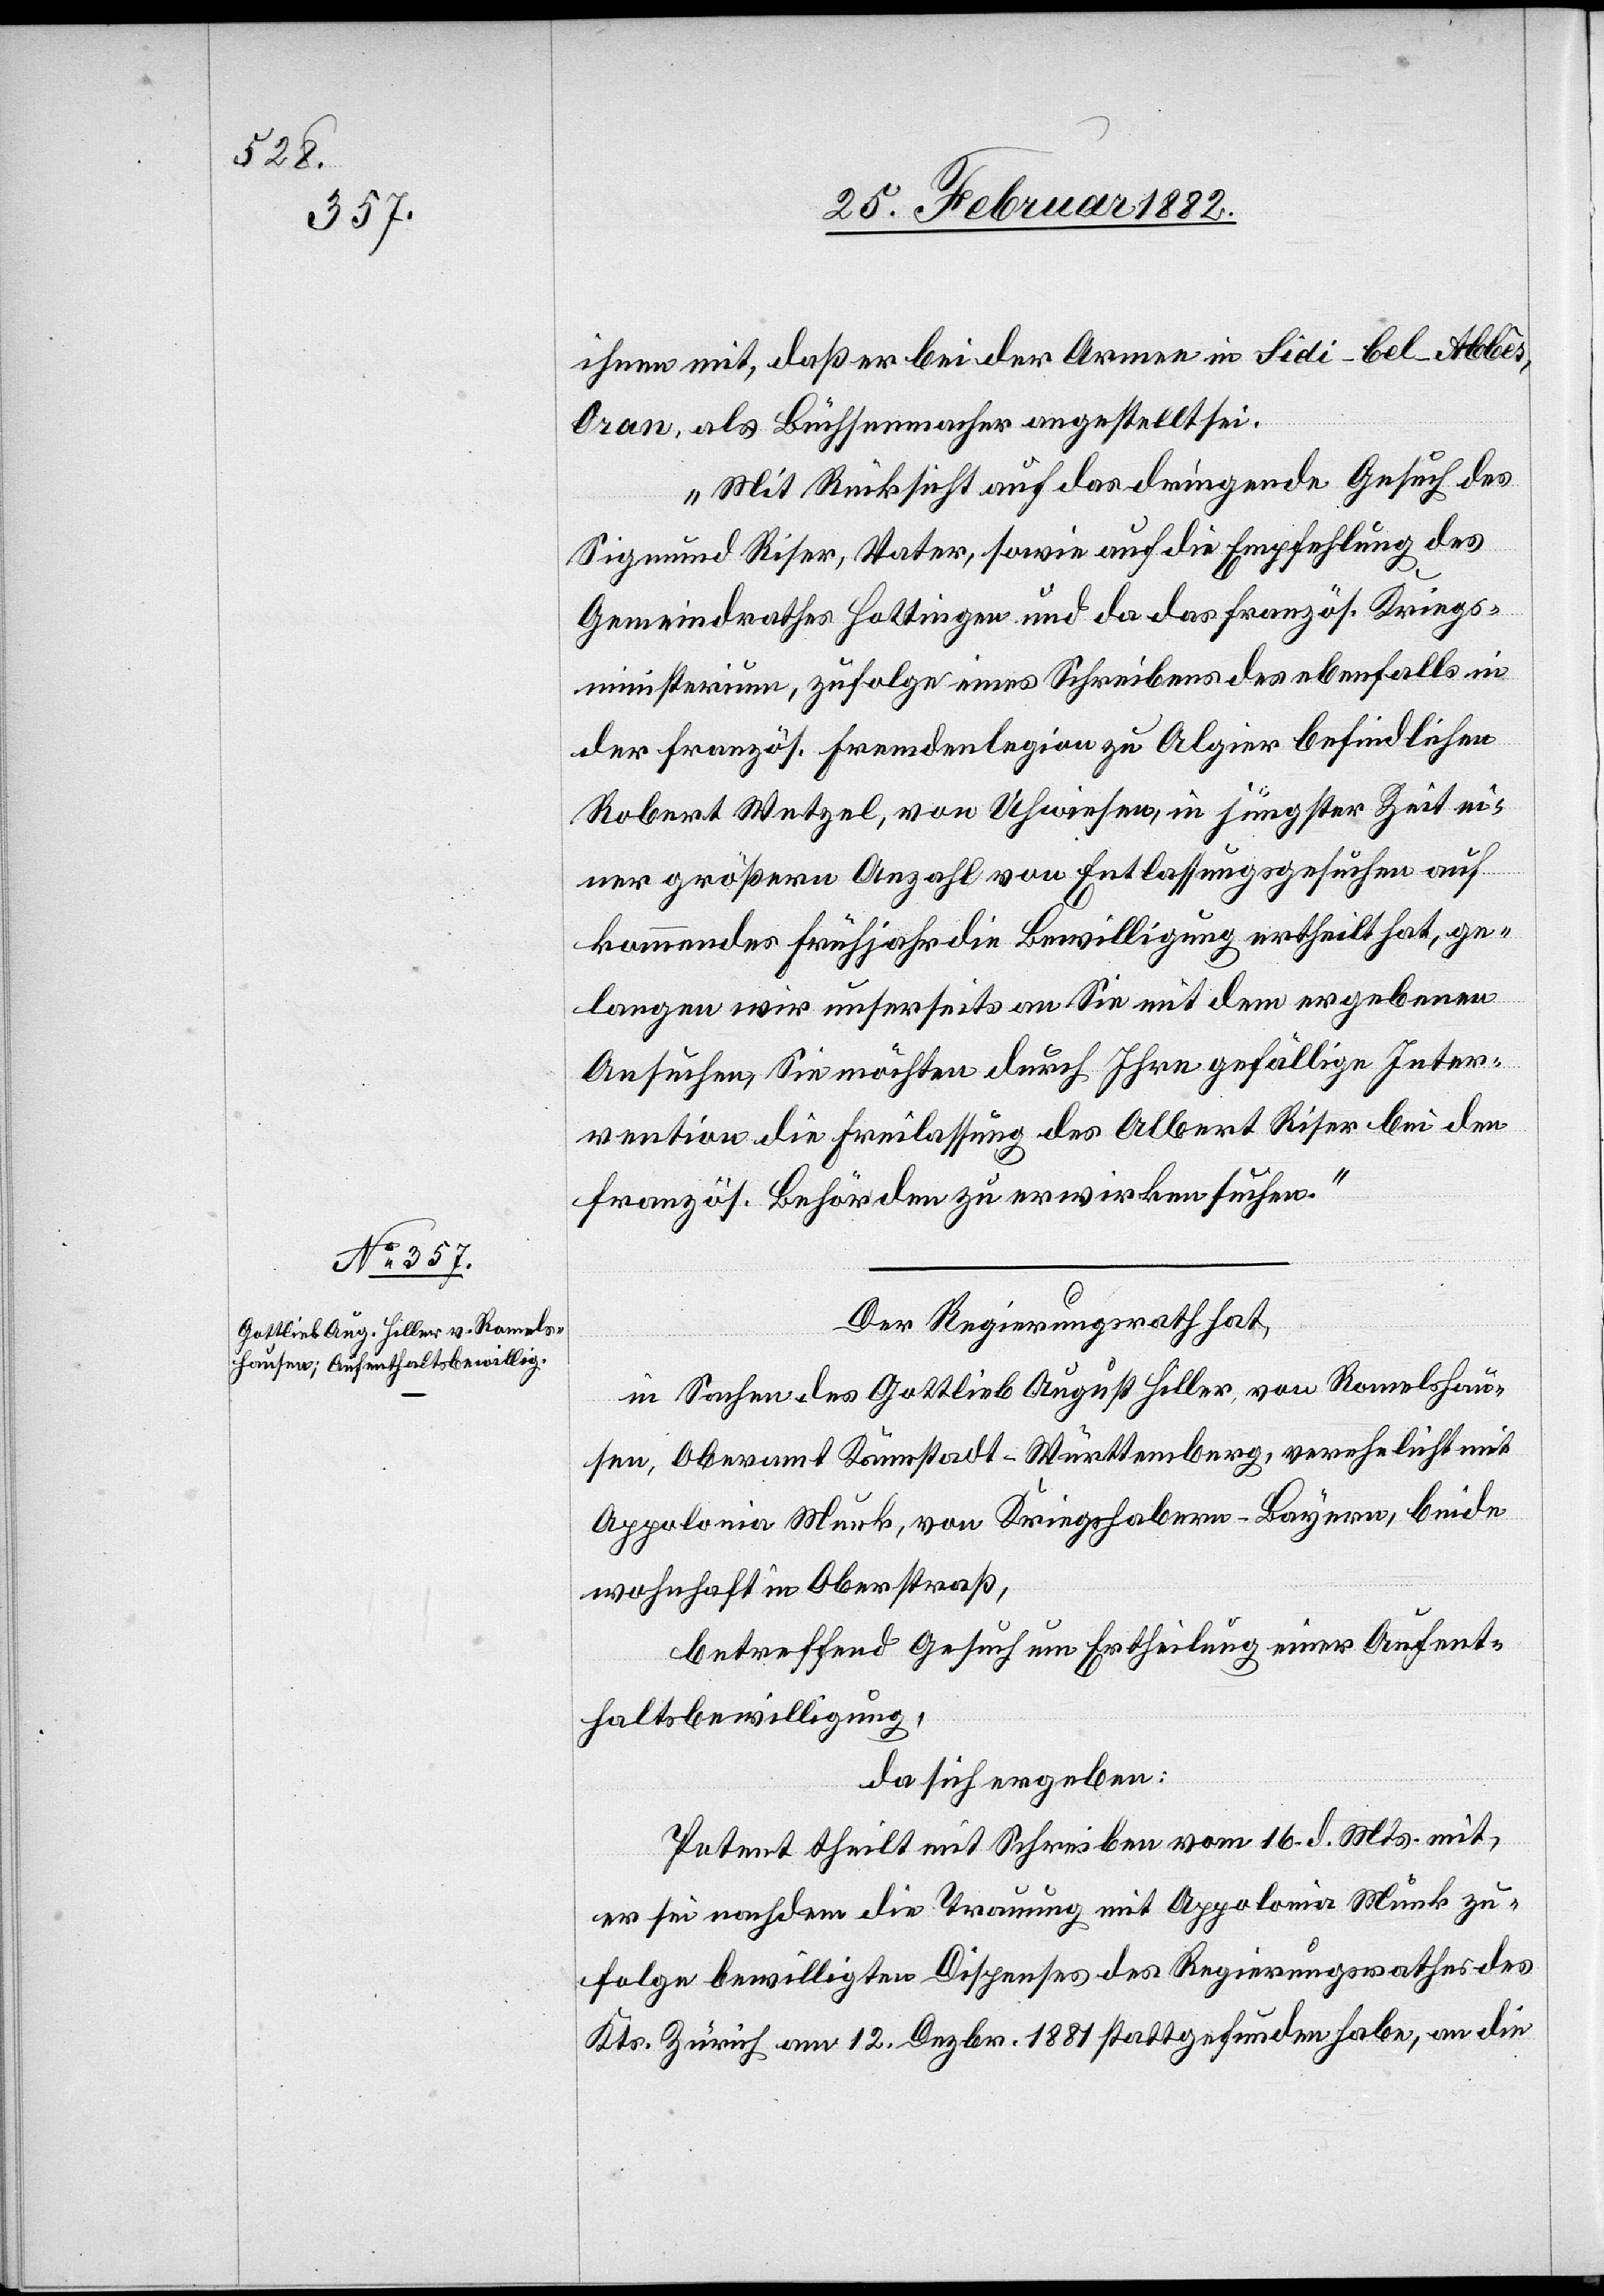
ihnen mit, daß er bei der Armee in Sidi-bel-Abbès,
Oran, als Büchsenmacher angestellt sei.
Mit Rücksicht auf das dringende Gesuch des
Sigmund Riser, Vater, sowie auf die Empfehlung des
Gemeindrahtes Hottingen und da das französ. Kriegs¬
ministerium, zufolge eines Schreibens des ebenfalls in
der französ. Fremdenlegion zu Algier befindlichen
Robert Wetzel, von Uhwiesen, in jüngster Zeit ei¬
ner größeren Anzahl von Entlassungsgesuchen auf
kommendes Frühjahr die Bewilligung ertheilt hat, ge¬
langen wir unsererseits an Sie mit dem ergebenen
Ansuchen, Sie möchten durch Ihre gefällige Inter¬
vention die Freilassung des Albert Riser bei den
französ. Behörden zu erwirken suchen.“
Der Regierungsrath hat,
in Sachen des Gottlieb August Hiller, von Romelshau¬
sen, Oberamt Kannstadt - Württemberg, verehelicht mit
Appolonia Munk, von Kriegshabern - Bayer, beide
wohnhaft in Oberstraß,
betreffend Gesuch um Ertheilung einer Aufent¬
haltsbewilligung
da sich ergeben:
Petent theilt mit Schreiben vom 16. d. Mts. mit,
er sei nachdem die Trauung mit Appolonia Munk zu¬
folge bewilligte Dispens des Regierungsrathes des
Kts. Zürich am 12. Dezbr. 1881 stattgefunden habe, an die